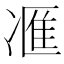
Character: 𪞩